King Institute of Preventive Medicine Micro-Biological Section reports 1909-11
Year: 1909
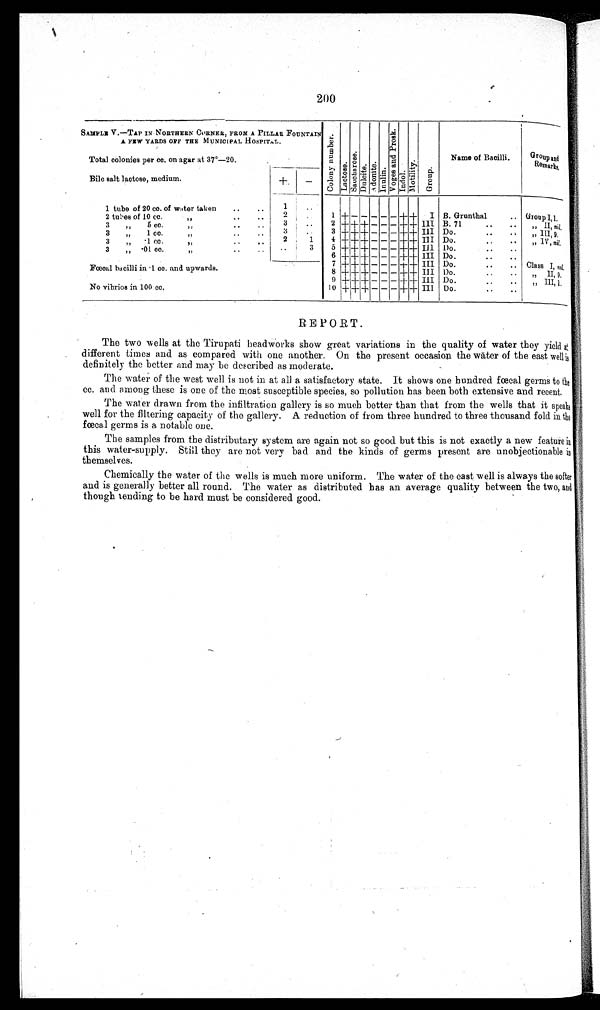
200
SAMPLE V.—TAP IN NORTHERN CORNER, FROM A PILLAR FOUNTAIN
A FEW YARDS OFF THE MUNICIPAL HOSPITAL.
Total colonies per cc. on agar at 37º—20.
Colo
ny
numbe
r.
L
a
ct ose.
S
a c c h a r o s e . D u l c i t e .
A
don
ite
.
Inulin.
Voge s
a n d P r o s k .
Indol .
Mo t i l i t y .
Gr oup.
Name of Bacilli.
Group and
Remarks.
Bile salt lactose, medium.
+
—
1 tube of 20 cc. of water taken
..
. .
1 . .
2 tubes of 10 cc.
..
..
2
. .
1
1 +
++ I B. Grunthal
. . Group I,1.
3
5 cc...
. .
3
..
2
+++— --++ III B. 71
. . . .
,,II, nil,
1 cc.
3
3
. .
3
++— — —++ III Do.
,, 111,9,
"
„
. .
. .
• 1
2
1
4 +++-- —++ III Do.
..
..
IV, n i l ,
3
"
cc.
..
..
.01
. .
3
5 + + — — — ++ I11 1)o.
..
. .
„
3
„
cc.
"
..
. .
6 --
— — —
+ + III Do.
Fœcal bacilli in -1 cc. andu p w a r d s .
7
— — — + + III DO.
..
.. Class I, nll,
8 + +I+ — — — + + III Do.
. . . .
II 9.
9
- - -++ III Do.
..
. . III, 1.
No vibrios in 100 cc.
10 ++-+----+H+
III Do.
. . . .
REPORT.
The two wells at the Tirupati headworks show great variations in the quality of water they yield at
different times and as compared with one another. On the present occasion the water of the east well is
definitely the better and may be described as moderate.
The water of the west well is not in at all a satisfactory state. It shows one hundred fœcal germs to the
cc. and among these is one of the most susceptible species, so pollution has been both extensive and recent.
The water drawn from the infiltration gallery is so much better than that from the wells that it speaks
well for the filtering capacity of the gallery. A reduction of from three hundred to three thousand fold in the
fœcal germs is a notable one.
The samples from the distributary system are again not so good but this is not exactly a new feature in
this water-supply. Still they are not very bad and the kinds of germs present are unobjectionable in
themselves.
Chemically the water of the wells is much more uniform. The water of the east well is always the softer
and is generally better all round. The water as distributed has an average quality between the two, and
though tending to be hard must be considered good.